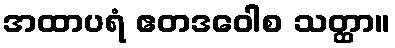
အထာပရံ ဧတဒဝေါစ သတ္ထာ။